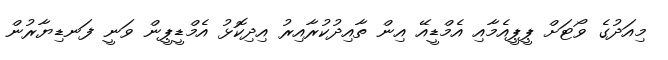
މިއަދުގެ ވޯޓަށް ޕީޕީއެމާއި އެމްޑީއޭ އިން ތާއިދުކުރާއިރު އިދިކޮޅު އެމްޑީޕީން ވަނީ ފަނޑިޔާރުން